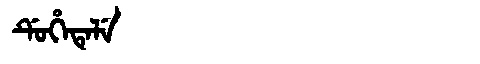
Manchu: ᡩᡠᡥᡝᡨᡝᠯᡝ
Romanization: DUHETELE